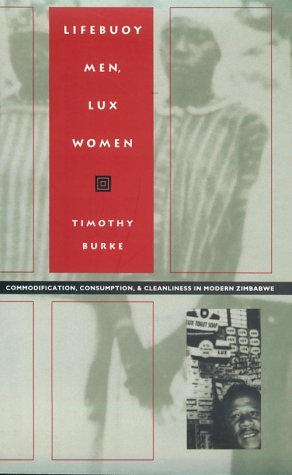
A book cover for Lifebuoy Men, Lux Women: Commodification, Consumption, and Cleanliness in Modern Zimbabwe (Body, Commodity, Text); Timothy Burke; Medical Books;